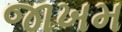
જાખમ